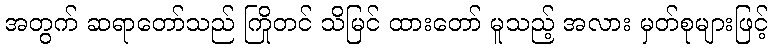
အတွက် ဆရာတော်သည် ကြိုတင် သိမြင် ထားတော် မူသည့် အလား မှတ်စုများဖြင့်